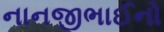
નાનજીભાઈનો